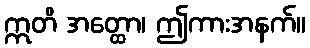
ဣတိ အတ္ထော၊ ဤကားအနက်။